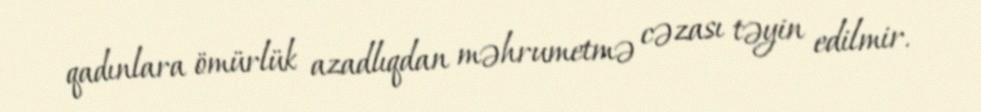
qadınlara ömürlük azadlıqdan məhrumetmə cəzası təyin edilmir.